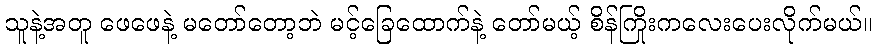
သူနဲ့အတူ ဖေဖေနဲ့ မတော်တော့ဘဲ မင့်ခြေထောက်နဲ့ တော်မယ့် စိန်ကြိုးကလေးပေးလိုက်မယ်။